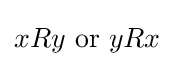
xRy{\text{ or }}yRx